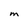
Character: m